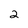
Character: 2